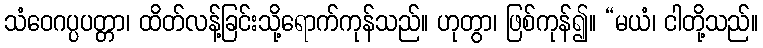
သံဝေဂပ္ပပတ္တာ၊ ထိတ်လန့်ခြင်းသို့ရောက်ကုန်သည်။ ဟုတွာ၊ ဖြစ်ကုန်၍။ “မယံ၊ ငါတို့သည်။